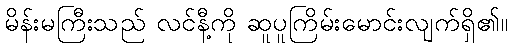
မိန်းမကြီးသည် လင်နီ့ကို ဆူပူကြိမ်းမောင်းလျက်ရှိ၏။